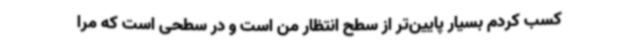
کسب کردم بسیار پایین‌تر از سطح انتظار من است و در سطحی است که مرا